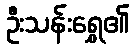
ဦးသန်းရွှေ၏